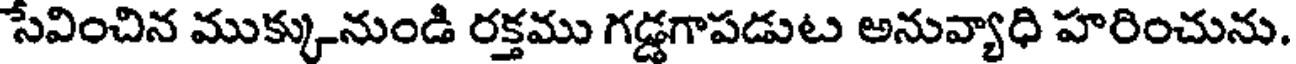
సేవించిన ముక్కునుండి రక్తము గడ్డగాపడుట అనువ్యాధి హరించును.